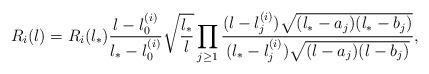
LaTeX: \begin{align*} R_i(\l)=R_i(\l_*)\frac{\l-\l^{(i)}_0}{\l_*-\l^{(i)}_0}\sqrt{\frac{\l_*}{\l}}\prod_{j\ge 1}\frac{(\l-\l^{(i)}_j)\sqrt{(\l_*-a_j)(\l_*-b_j)}}{(\l_*-\l^{(i)}_j)\sqrt{(\l-a_j)(\l-b_j)}},\end{align*}